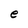
Character: e